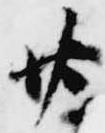
廿